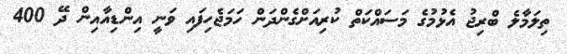
ތިލަމާލެ ބްރިޖު އެޅުމުގެ މަސައްކަތް ކުރިއަށްގެންދަން ހަމަޖެހިފައި ވަނީ އިންޑިއާއިން ދޭ 400